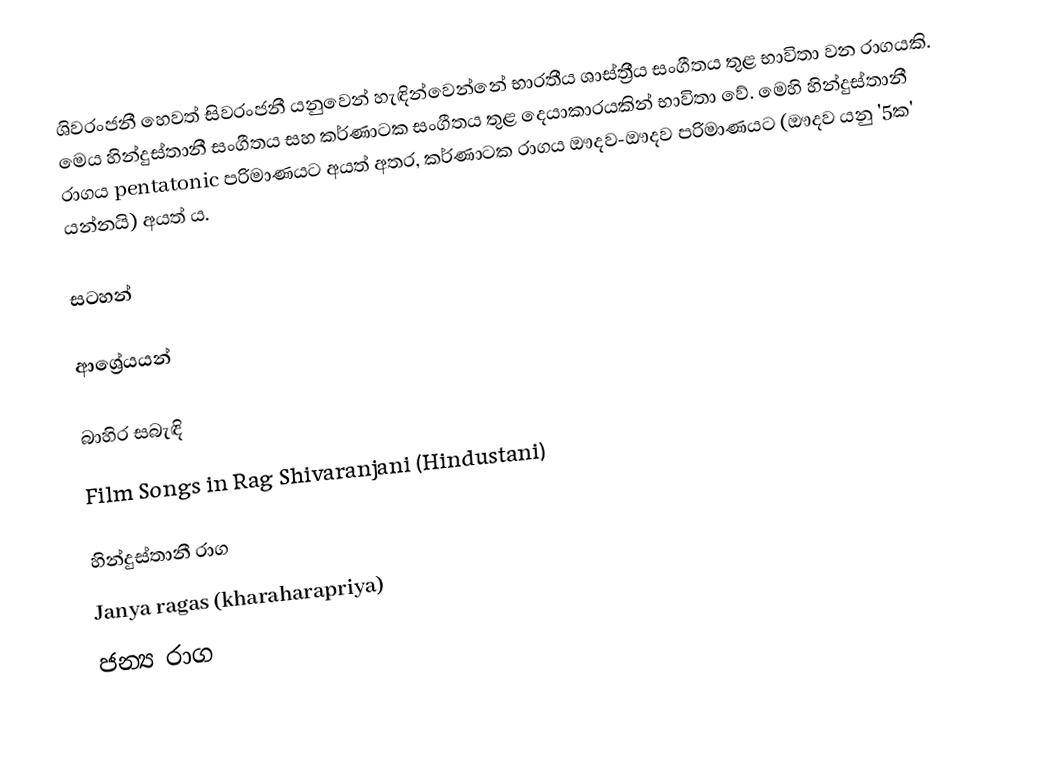
ශිවරංජනී හෙවත් සිවරංජනී යනුවෙන් හැඳින්වෙන්නේ භාරතීය ශාස්ත්‍රීය සංගීතය තුළ භාවිතා වන රාගයකි. මෙය හින්දුස්තානී සංගීතය සහ කර්ණාටක සංගීතය තුළ දෙයාකාරයකින් භාවිතා වේ. මෙහි හින්දුස්තානී රාගය pentatonic පරිමාණයට අයත් අතර, කර්ණාටක රාගය ඖදව-ඖදව පරිමාණයට (ඖදව යනු '5ක' යන්නයි) අයත් ය.

සටහන්

ආශ්‍රේයයන්

බාහිර සබැඳි
 Film Songs in Rag Shivaranjani (Hindustani)

හින්දුස්තානී රාග
Janya ragas (kharaharapriya)
ජන්‍ය රාග